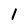
Character: 1